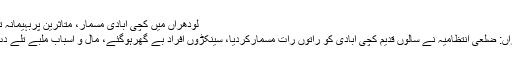
لودھراں میں کچی آبادی مسمار، متاثرین پربہیمانہ تشدد -
لودھراں: ضلعی انتظامیہ نے سالوں قدیم کچی آبادی کو راتوں رات مسمارکردیا، سینکڑوں افراد بے گھرہوگئے، مال و اسباب ملبے تلے دب گیا۔